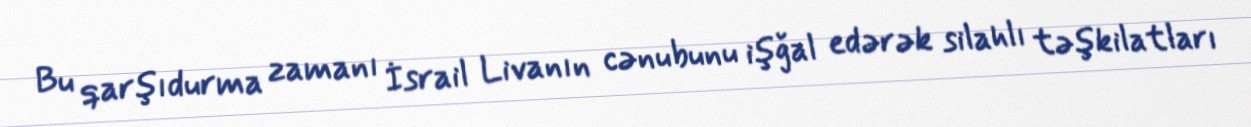
Bu qarşıdurma zamanı İsrail Livanın cənubunu işğal edərək silahlı təşkilatları